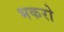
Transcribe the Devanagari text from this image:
भकरो